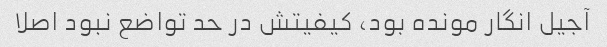
آجیل انگار مونده بود، کیفیتش در حد تواضع نبود اصلا